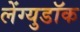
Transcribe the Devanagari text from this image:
लेंग्युडॉक